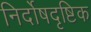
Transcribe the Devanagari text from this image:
निर्दोषदृष्टिक